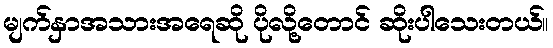
မျက်နှာအသားအရေဆို ပိုလို့တောင် ဆိုးပါသေးတယ်။